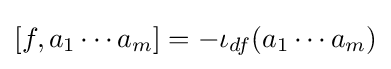
[f,a_{1}\cdots a_{m}]=-\iota _{df}(a_{1}\cdots a_{m})